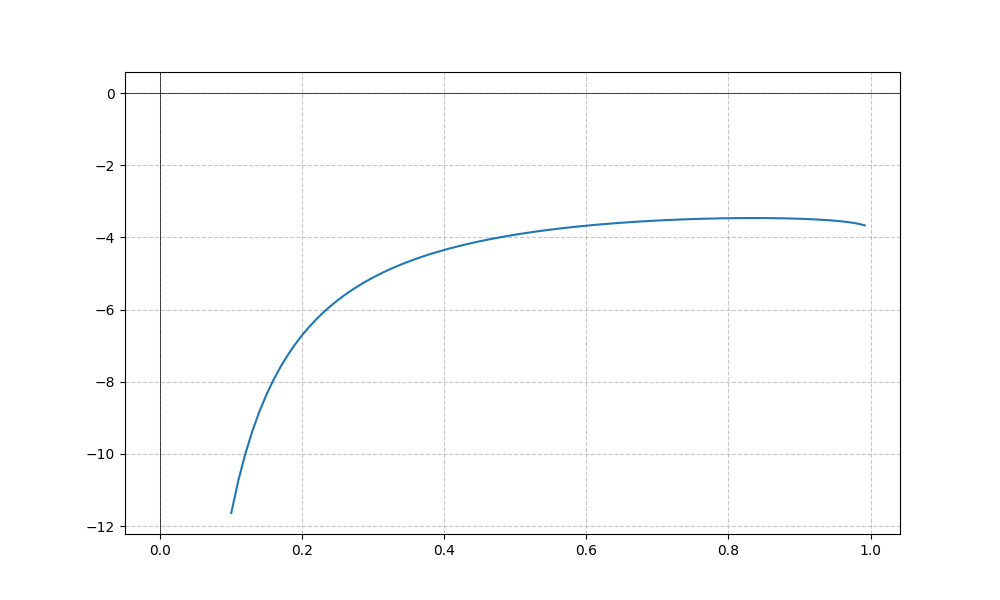
LaTeX formula: - \cot{\left(x \right)} - \operatorname{acos}{\left(- x \right)}